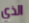
الذي